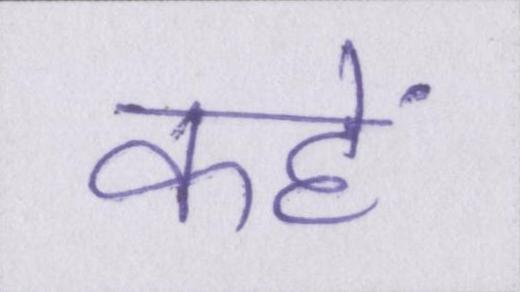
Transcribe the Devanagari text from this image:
कहें